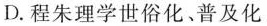
D.程朱理学世俗化﹑普及化